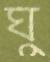
ঘু